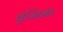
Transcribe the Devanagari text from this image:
वृज्जिसंघ